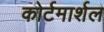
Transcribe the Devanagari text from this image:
कोर्टमार्शल